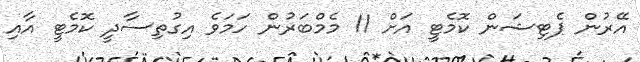
އޭރުން ޕެޓިޝަން ކޮމެޓީ އަށް 11 މެމްބަރުން ހަމަވެ އިގުތިސާދީ ކޮމެޓީ އާއި